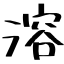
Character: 溶